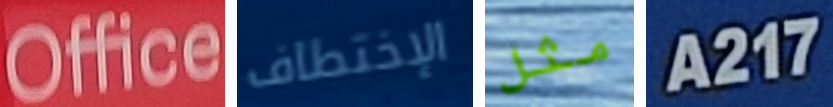
Office الإختطاف مثل A217